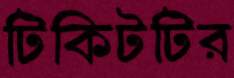
টিকিটটির